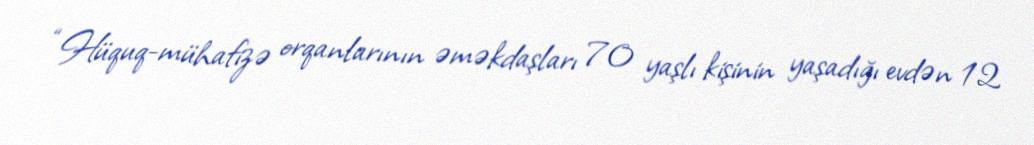
“Hüquq-mühafizə orqanlarının əməkdaşları 70 yaşlı kişinin yaşadığı evdən 12